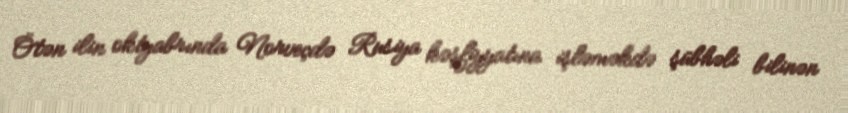
Ötən ilin oktyabrında Norveçdə Rusiya kəşfiyyatına işləməkdə şübhəli bilinən